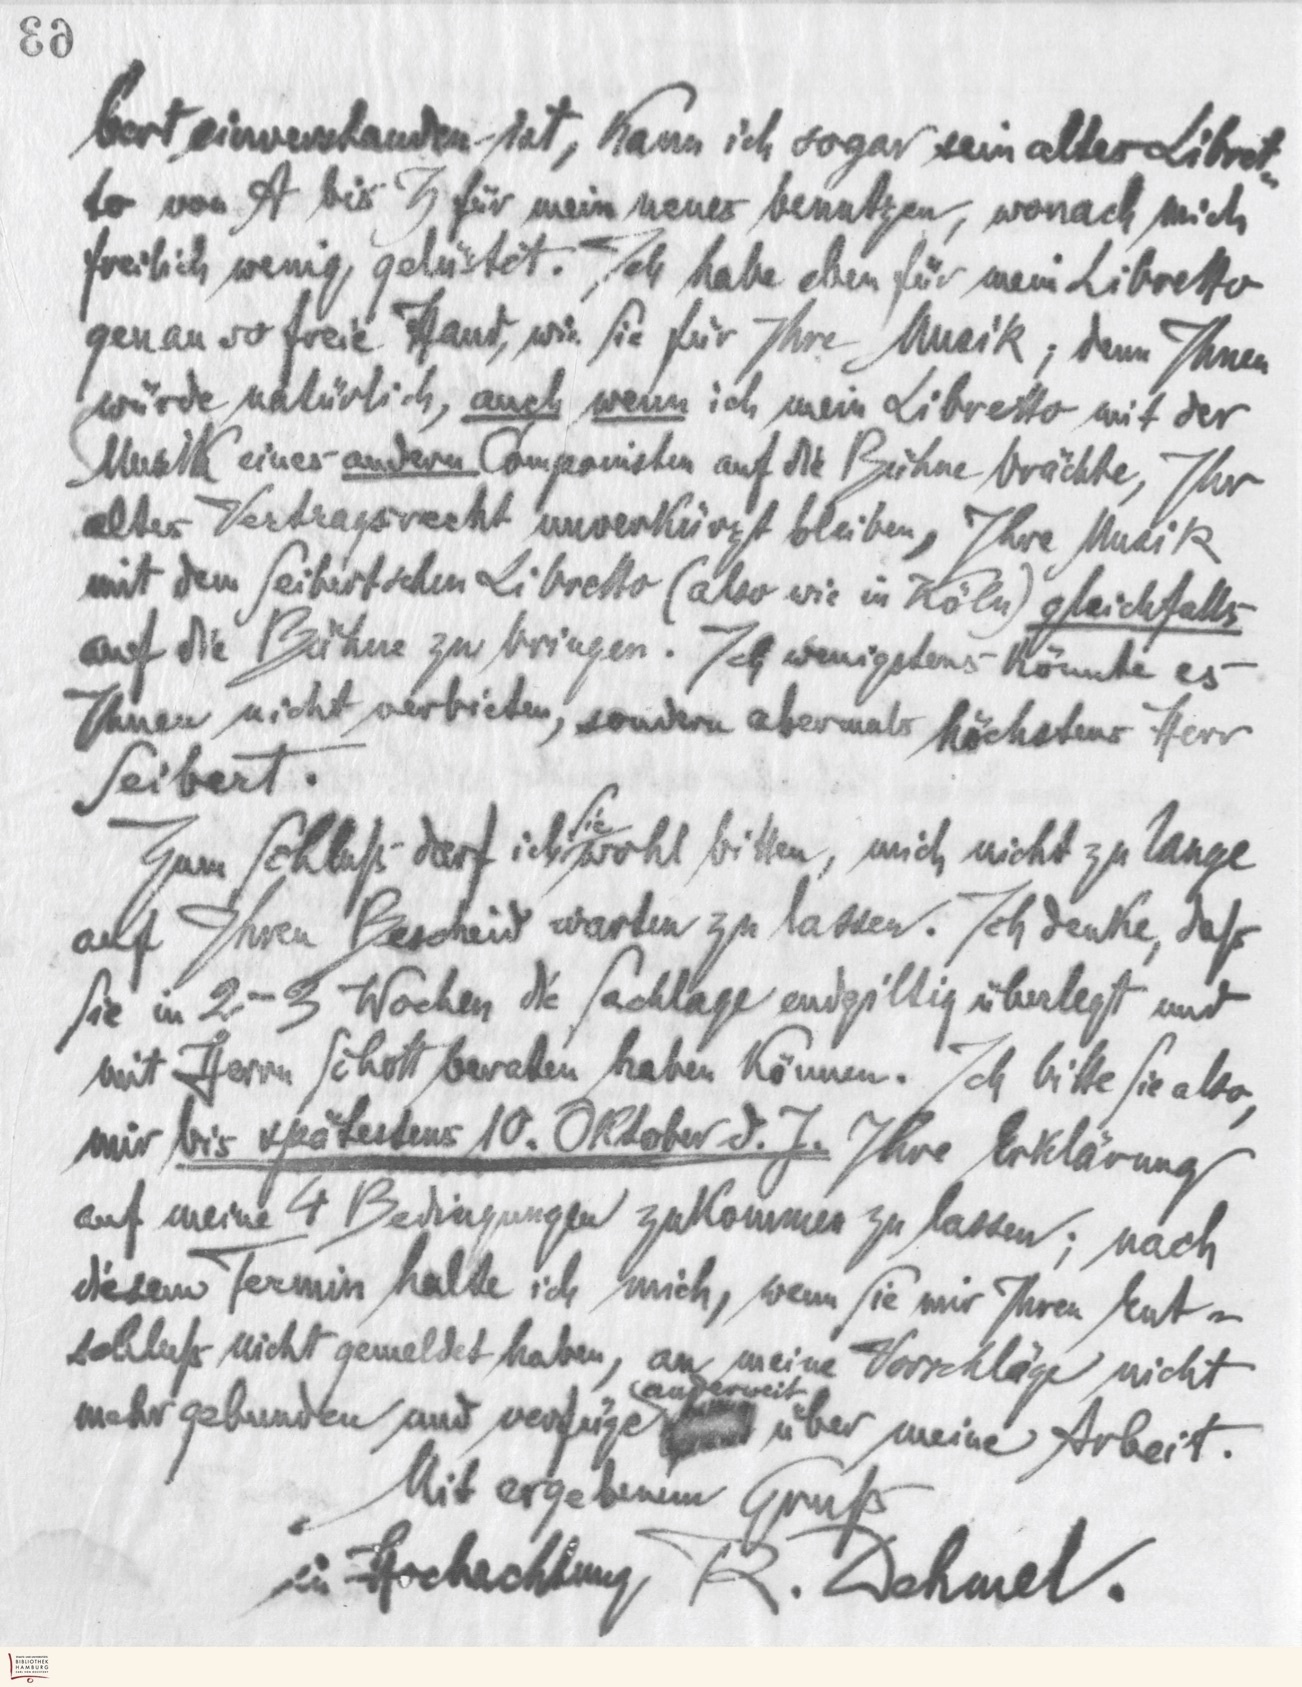
63

bert einverstanden ist, kann ich sogar sein altes Libret-
to von A bis Z für mein neues benutzen, wonach mich
freilich wenig gelüstet. Ich habe eben für mein Libretto
genau so freie Hand, wie Sie für Ihre Musik; denn Ihnen
würde natürlich, auch wenn ich mein Libretto mit der
Musik eines andern Componisten auf die Bühne brächte, Ihr
altes Vertragsrecht unverkürzt bleiben, Ihre Musik
mit dem Seibertschen Libretto (also wie in Köln) gleichfalls
auf die Bühne zu bringen. Ich wenigstens könnte es
Ihnen nicht verbieten, sondern abermals höchstens Herr
Seibert.
Zum Schluß darf ich
Sie
wohl bitten, mich nicht zu lange
auf Ihren Bescheid warten zu lassen. Ich denke, daß
Sie in 2-3 Wochen die Sachlage endgiltig überlegt und
mit Herrn Schott beraten haben können. Ich bitte Sie also,
mir bis spätestens 10. Oktober d. J. Ihre Erklärung
auf meine 4 Bedingungen zukommen zu lassen; nach
diesem Termin halte ich mich, wenn Sie mir Ihren Ent-
schluß nicht gemeldet haben, an meine Vorschläge nicht
mehr gebunden und verfüge
anderweit
über meine Arbeit.
Mit ergebenem Gruß
in Hochachtung R. Dehmel.